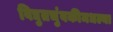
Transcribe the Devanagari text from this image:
विद्युतचुंबकीमधल्या